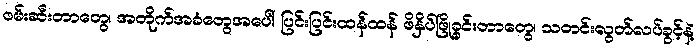
ဖမ်းဆီးတာတွေ၊ အတိုက်အခံတွေအပေါ် ပြင်းပြင်းထန်ထန် ဖိနှိပ်ဖြိုခွင်းတာတွေ၊ သတင်းလွတ်လပ်ခွင့်နဲ့